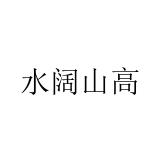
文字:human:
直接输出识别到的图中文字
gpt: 水阔山高